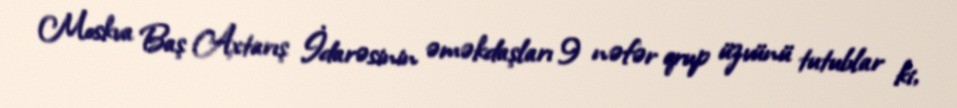
Moskva Baş Axtarış İdarəsinin əməkdaşları 9 nəfər qrup üzvünü tutublar ki,